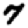
Digit: 7